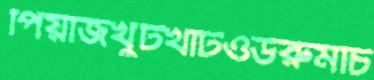
পিয়াজখুটখাটওউরুমচি